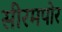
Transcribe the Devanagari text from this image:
सीरमपोर